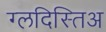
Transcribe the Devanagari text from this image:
ग्लदिस्तिअ